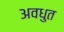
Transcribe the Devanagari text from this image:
अवधुत